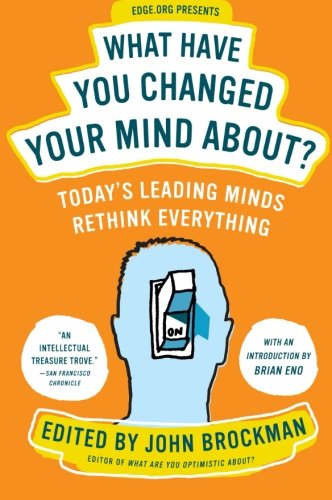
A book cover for What Have You Changed Your Mind About?: Today's Leading Minds Rethink Everything (Edge Question Series); John Brockman; Science & Math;